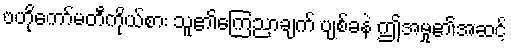
ဗဟိုကော်မတီကိုယ်စား သူ၏ကြေညာချက် ပျစ်ခနဲ ဤအမှု၏အဆင့်